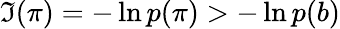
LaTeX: \mathfrak{I}(\pi)=-\ln p(\pi)>-\ln p(b)